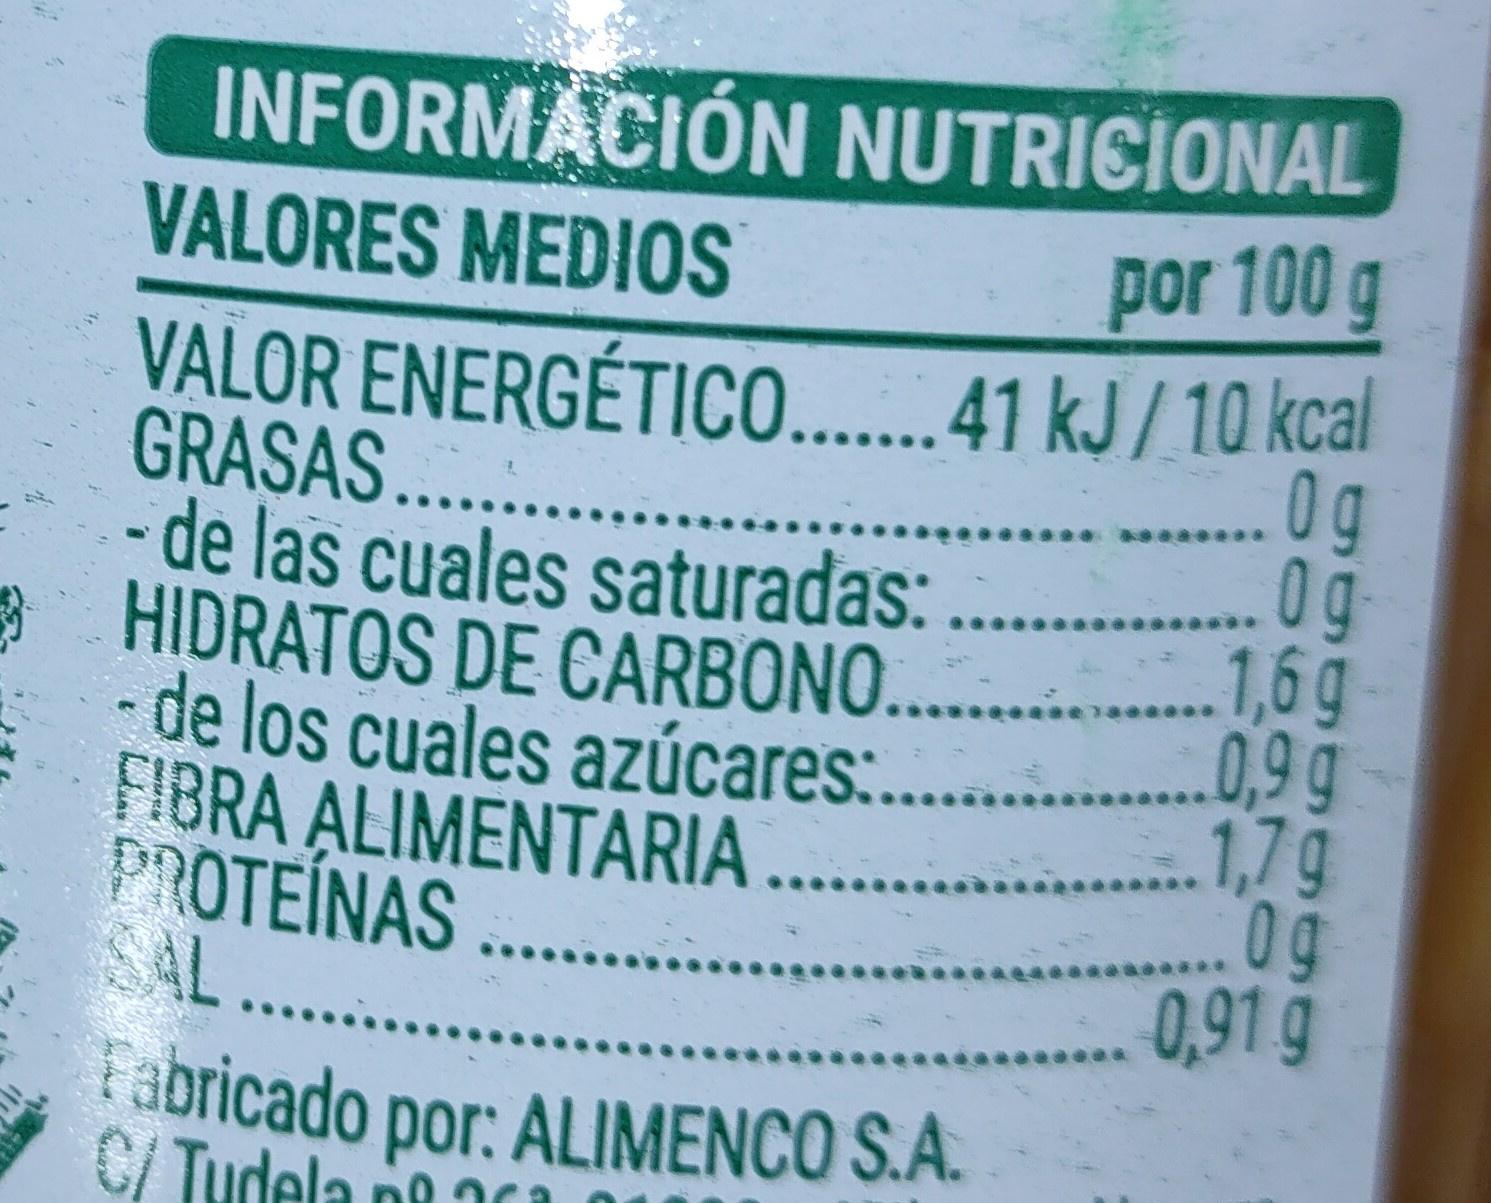
Fabricado por: ALIMENCO S.A.
INFORMACIÓN NUTRICIONAL por 100 g VALOR ENERGÉTICO.. 41 kJ / 10 kcal 0g .. g . 1,6 g de los cuales azúcares:........0,99 1,7g 0g 0,91 g
VALORES MEDIOS
GRASAS... - de las cuales saturadas:
HIDRATOS DE CARBONO...
EFIBRA ALIMENTARIA PROTEÍNAS .. SAL..
C/ Tudela